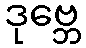
ဒုဗ္ဘေ